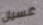
غسيل